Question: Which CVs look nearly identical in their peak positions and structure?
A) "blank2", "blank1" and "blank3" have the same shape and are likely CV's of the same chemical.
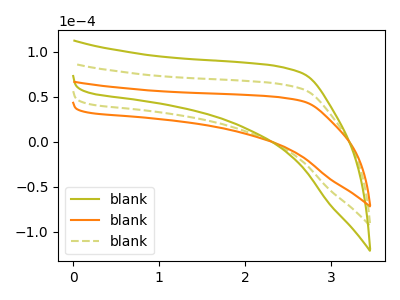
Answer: <think>The olive curve "blank1" has no peaks. The orange curve "blank2" has no peaks. The olive dashed curve "blank3" has no peaks.
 Neither "blank1" or "blank2" have any peaks. Neither "blank1" or "blank3" have any peaks. Neither "blank2" or "blank3" have any peaks.</think>
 <answer>A) "blank2", "blank1" and "blank3" have the same shape and are likely CV's of the same chemical.</answer>
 <eval>A</eval>